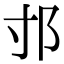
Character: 𨙯